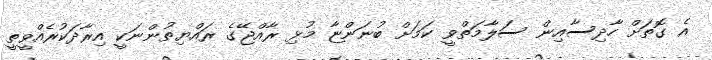
އެ ގޮތަށް ހާދިސާއިން ސަލާމަތްވީ ކަމަށް ބުނަންޏާ މުޅި ރާއްޖޭގެ ރައްޔިތުންނަކީ އިރާދަކުރެއްވީތީ